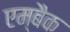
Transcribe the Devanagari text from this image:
एम्बैक